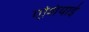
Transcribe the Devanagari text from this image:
एशियाई